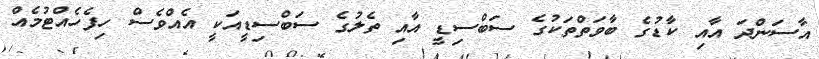
އާސަންދަ އާއި ކާޑުގެ ބާވަތްތަކުގެ ސަބްސިޑީ އާއި ތެލުގެ ސަބްސިޑީއަކީ އެއްވެސް ހިފެހެއްޓުމެއް